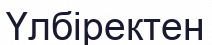
Үлбіректен